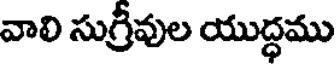
వాలి సుగ్రీవుల యుద్ధము